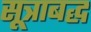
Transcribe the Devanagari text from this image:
सूत्राबद्ध